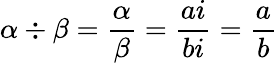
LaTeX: \alpha\div\beta={\frac{\alpha}{\beta}}={\frac{ai}{bi}}={\frac{a}{b}}